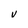
Character: V